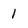
Character: 1